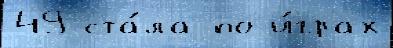
49 ста́ла по и́грах